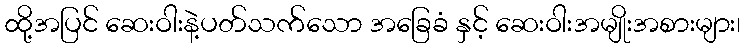
ထို့အပြင် ဆေးဝါးနဲ့ပတ်သက်သော အခြေခံ နှင့် ဆေးဝါးအမျိုးအစားများ၊